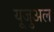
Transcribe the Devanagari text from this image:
यूजुअल